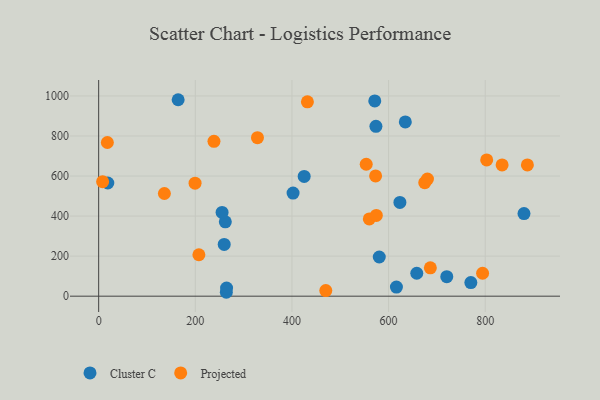
{"axis": {"x": "Distance", "y": "Fuel Efficiency"}, "legend": ["Cluster C", "Projected"], "data": [{"x": "720.4", "y": 97.3, "type": "Cluster C"}, {"x": "264.2", "y": 19.5, "type": "Cluster C"}, {"x": "880.2", "y": 412.6, "type": "Cluster C"}, {"x": "18.9", "y": 565.1, "type": "Cluster C"}, {"x": "571.4", "y": 975.2, "type": "Cluster C"}, {"x": "164.5", "y": 981.1, "type": "Cluster C"}, {"x": "259.8", "y": 258.5, "type": "Cluster C"}, {"x": "262.1", "y": 371.2, "type": "Cluster C"}, {"x": "623.4", "y": 468.3, "type": "Cluster C"}, {"x": "770.2", "y": 67.8, "type": "Cluster C"}, {"x": "573.8", "y": 848.5, "type": "Cluster C"}, {"x": "580.7", "y": 195.7, "type": "Cluster C"}, {"x": "425.3", "y": 598.2, "type": "Cluster C"}, {"x": "264.7", "y": 40.7, "type": "Cluster C"}, {"x": "616.2", "y": 45.4, "type": "Cluster C"}, {"x": "402.3", "y": 515.0, "type": "Cluster C"}, {"x": "255.4", "y": 418.3, "type": "Cluster C"}, {"x": "634.6", "y": 870.0, "type": "Cluster C"}, {"x": "658.3", "y": 114.6, "type": "Cluster C"}, {"x": "238.6", "y": 773.3, "type": "Projected"}, {"x": "560.1", "y": 385.6, "type": "Projected"}, {"x": "18.0", "y": 767.5, "type": "Projected"}, {"x": "574.6", "y": 403.2, "type": "Projected"}, {"x": "8.2", "y": 571.9, "type": "Projected"}, {"x": "674.8", "y": 566.6, "type": "Projected"}, {"x": "680.4", "y": 584.7, "type": "Projected"}, {"x": "207.4", "y": 207.0, "type": "Projected"}, {"x": "573.1", "y": 600.6, "type": "Projected"}, {"x": "887.2", "y": 655.3, "type": "Projected"}, {"x": "553.7", "y": 658.8, "type": "Projected"}, {"x": "136.0", "y": 512.9, "type": "Projected"}, {"x": "328.6", "y": 791.6, "type": "Projected"}, {"x": "834.9", "y": 655.6, "type": "Projected"}, {"x": "470.0", "y": 28.0, "type": "Projected"}, {"x": "686.4", "y": 141.4, "type": "Projected"}, {"x": "199.5", "y": 564.2, "type": "Projected"}, {"x": "794.5", "y": 114.4, "type": "Projected"}, {"x": "432.0", "y": 970.4, "type": "Projected"}, {"x": "803.0", "y": 680.6, "type": "Projected"}]}